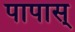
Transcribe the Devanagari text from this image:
पापास्